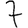
Digit: 7